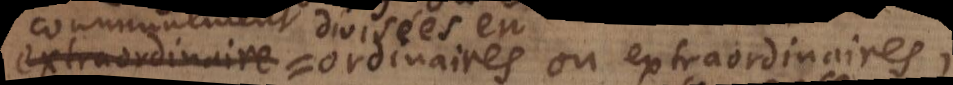
extraordinaire ordinaires ou extraordinaires.